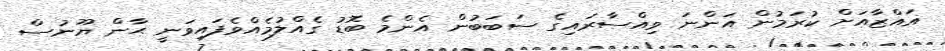
ޣައްޒާއަށް ކުރަމުން އަންނަ ވިއްސާރައިގެ ސަބަބުން އެންމެ ބޮޑު ގެއްލުމެއްވެފައިވަނީ ޙާން ޔޫނުސް